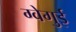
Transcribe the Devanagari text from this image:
ग्वेगुई